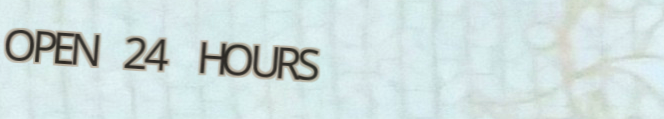
OPEN 24 HOURS